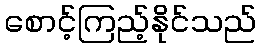
စောင့်ကြည့်နိုင်သည်